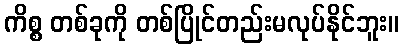
ကိစ္စ တစ်ခုကို တစ်ပြိုင်တည်းမလုပ်နိုင်ဘူး။